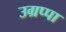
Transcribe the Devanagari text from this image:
उग्रप्पा